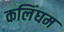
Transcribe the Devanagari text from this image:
कलिंघम